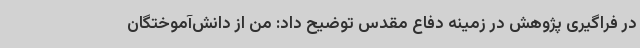
در فراگیری پژوهش در زمینه دفاع مقدس توضیح داد: من از دانش‌آموختگان